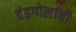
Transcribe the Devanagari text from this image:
दंडगोलांची